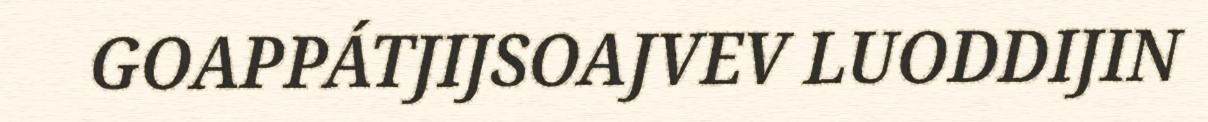
GOAPPÁTJIJSOAJVEV LUODDIJIN